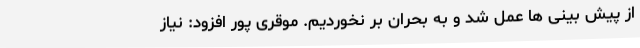
از پیش بینی ها عمل شد و به بحران بر نخوردیم. موقری پور افزود: نیاز